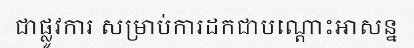
ជាផ្លូវការ សម្រាប់ការដកជាបណ្តោះអាសន្ន